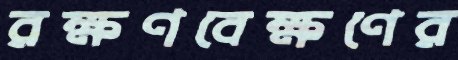
রক্ষণবেক্ষণের